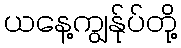
ယနေ့ကျွန်ုပ်တို့